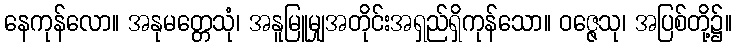
နေကုန်လော။ အနုမတ္တေသုံ၊ အနူမြူမျှအတိုင်းအရှည်ရှိကုန်သော။ ဝဇ္ဇေသု၊ အပြစ်တို့၌။